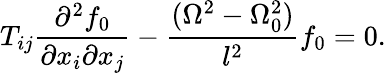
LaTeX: T_{ij}\frac{\partial^{2}f_{0}}{\partial x_{i}\partial x_{j}}-\frac{(\Omega^{2}-\Omega_{0}^{2})}{l^{2}}f_{0}=0.